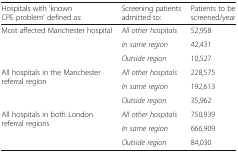
| Hospitals with ‘known CPE problem’ defined as: | Screening patients admitted to: | Patients to be screened/year |
 | --- | --- | --- |
 | <ROWSPAN=3> Most affected Manchester hospital | All other hospitals | 52,958 |
 | In same region | 42,431 |
 | Outside region | 10,527 |
 | <ROWSPAN=3> All hospitals in the Manchester referral region | All other hospitals | 228,575 |
 | In same region | 192,613 |
 | Outside region | 35,962 |
 | <ROWSPAN=3> All hospitals in both London referral regions | All other hospitals | 750,939 |
 | In same region | 666,909 |
 | Outside region | 84,030 |